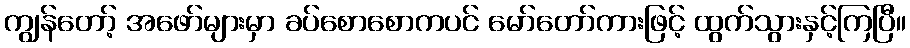
ကျွန်တော့် အဖော်များမှာ ခပ်စောစောကပင် မော်တော်ကားဖြင့် ထွက်သွားနှင့်ကြပြီ။